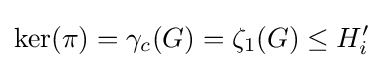
\ker(\pi )=\gamma _{c}(G)=\zeta _{1}(G)\leq H_{i}'